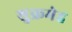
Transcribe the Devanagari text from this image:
शुक्रमेह